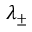
\lambda _ { \pm }